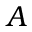
A